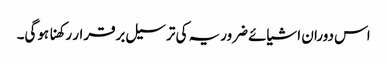
اس دوران اشیائے ضروریہ کی ترسیل برقرار رکھنا ہوگی۔